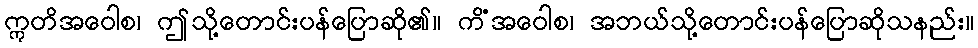
ဣတိအဝေါစ၊ ဤသို့တောင်းပန်ပြောဆို၏။ ကိံအဝေါစ၊ အဘယ်သို့တောင်းပန်ပြောဆိုသနည်း။